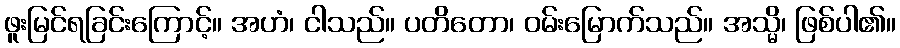
ဖူးမြင်ရခြင်းကြောင့်။ အဟံ၊ ငါသည်။ ပတိတော၊ ဝမ်းမြောက်သည်။ အသ္မိ၊ ဖြစ်ပါ၏။